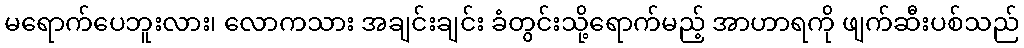
မရောက်ပေဘူးလား၊ လောကသား အချင်းချင်း ခံတွင်းသို့ရောက်မည့် အာဟာရကို ဖျက်ဆီးပစ်သည်